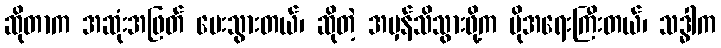
ဆိုတာက အဆုံးအဖြတ် ပေးသွားတယ်၊ ဆိုတဲ့ အမှန်သိသွားဖို့က ပိုအရေးကြီးတယ်၊ သဒ္ဓါက